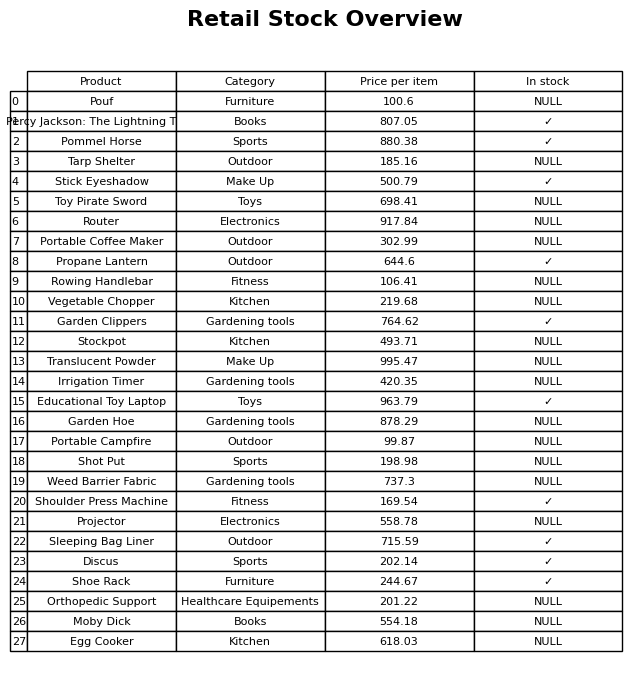
question: What is the price of the Router?
answer: The price of Router is 917.84.